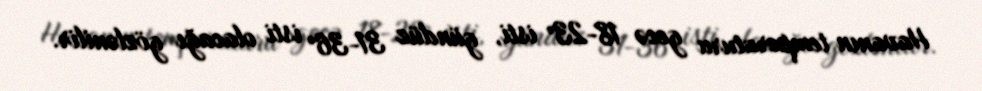
Havanın temperaturu gecə 18-23° isti, gündüz 31-36° isti olacağı gözlənilir.